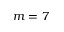
m = 7